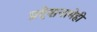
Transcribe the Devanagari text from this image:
प्रदेशनामेही